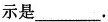
示是___。